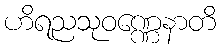
ဟိရညသုဝဏ္ဏေနာတိ